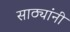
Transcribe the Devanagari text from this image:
साठ्यांनी